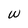
Character: w